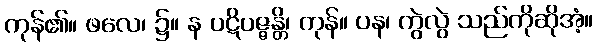
ကုန်၏။ ဖလေ၊ ၌။ န ပဋိပဇ္ဇန္တိ၊ ကုန်။ ပန၊ ကွဲလွဲ သည်ကိုဆိုအံ့။